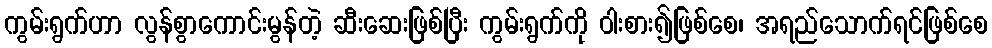
ကွမ်းရွက်ဟာ လွန်စွာကောင်းမွန်တဲ့ ဆီးဆေးဖြစ်ပြီး ကွမ်းရွက်ကို ဝါးစား၍ဖြစ်စေ၊ အရည်သောက်ရင်ဖြစ်စေ